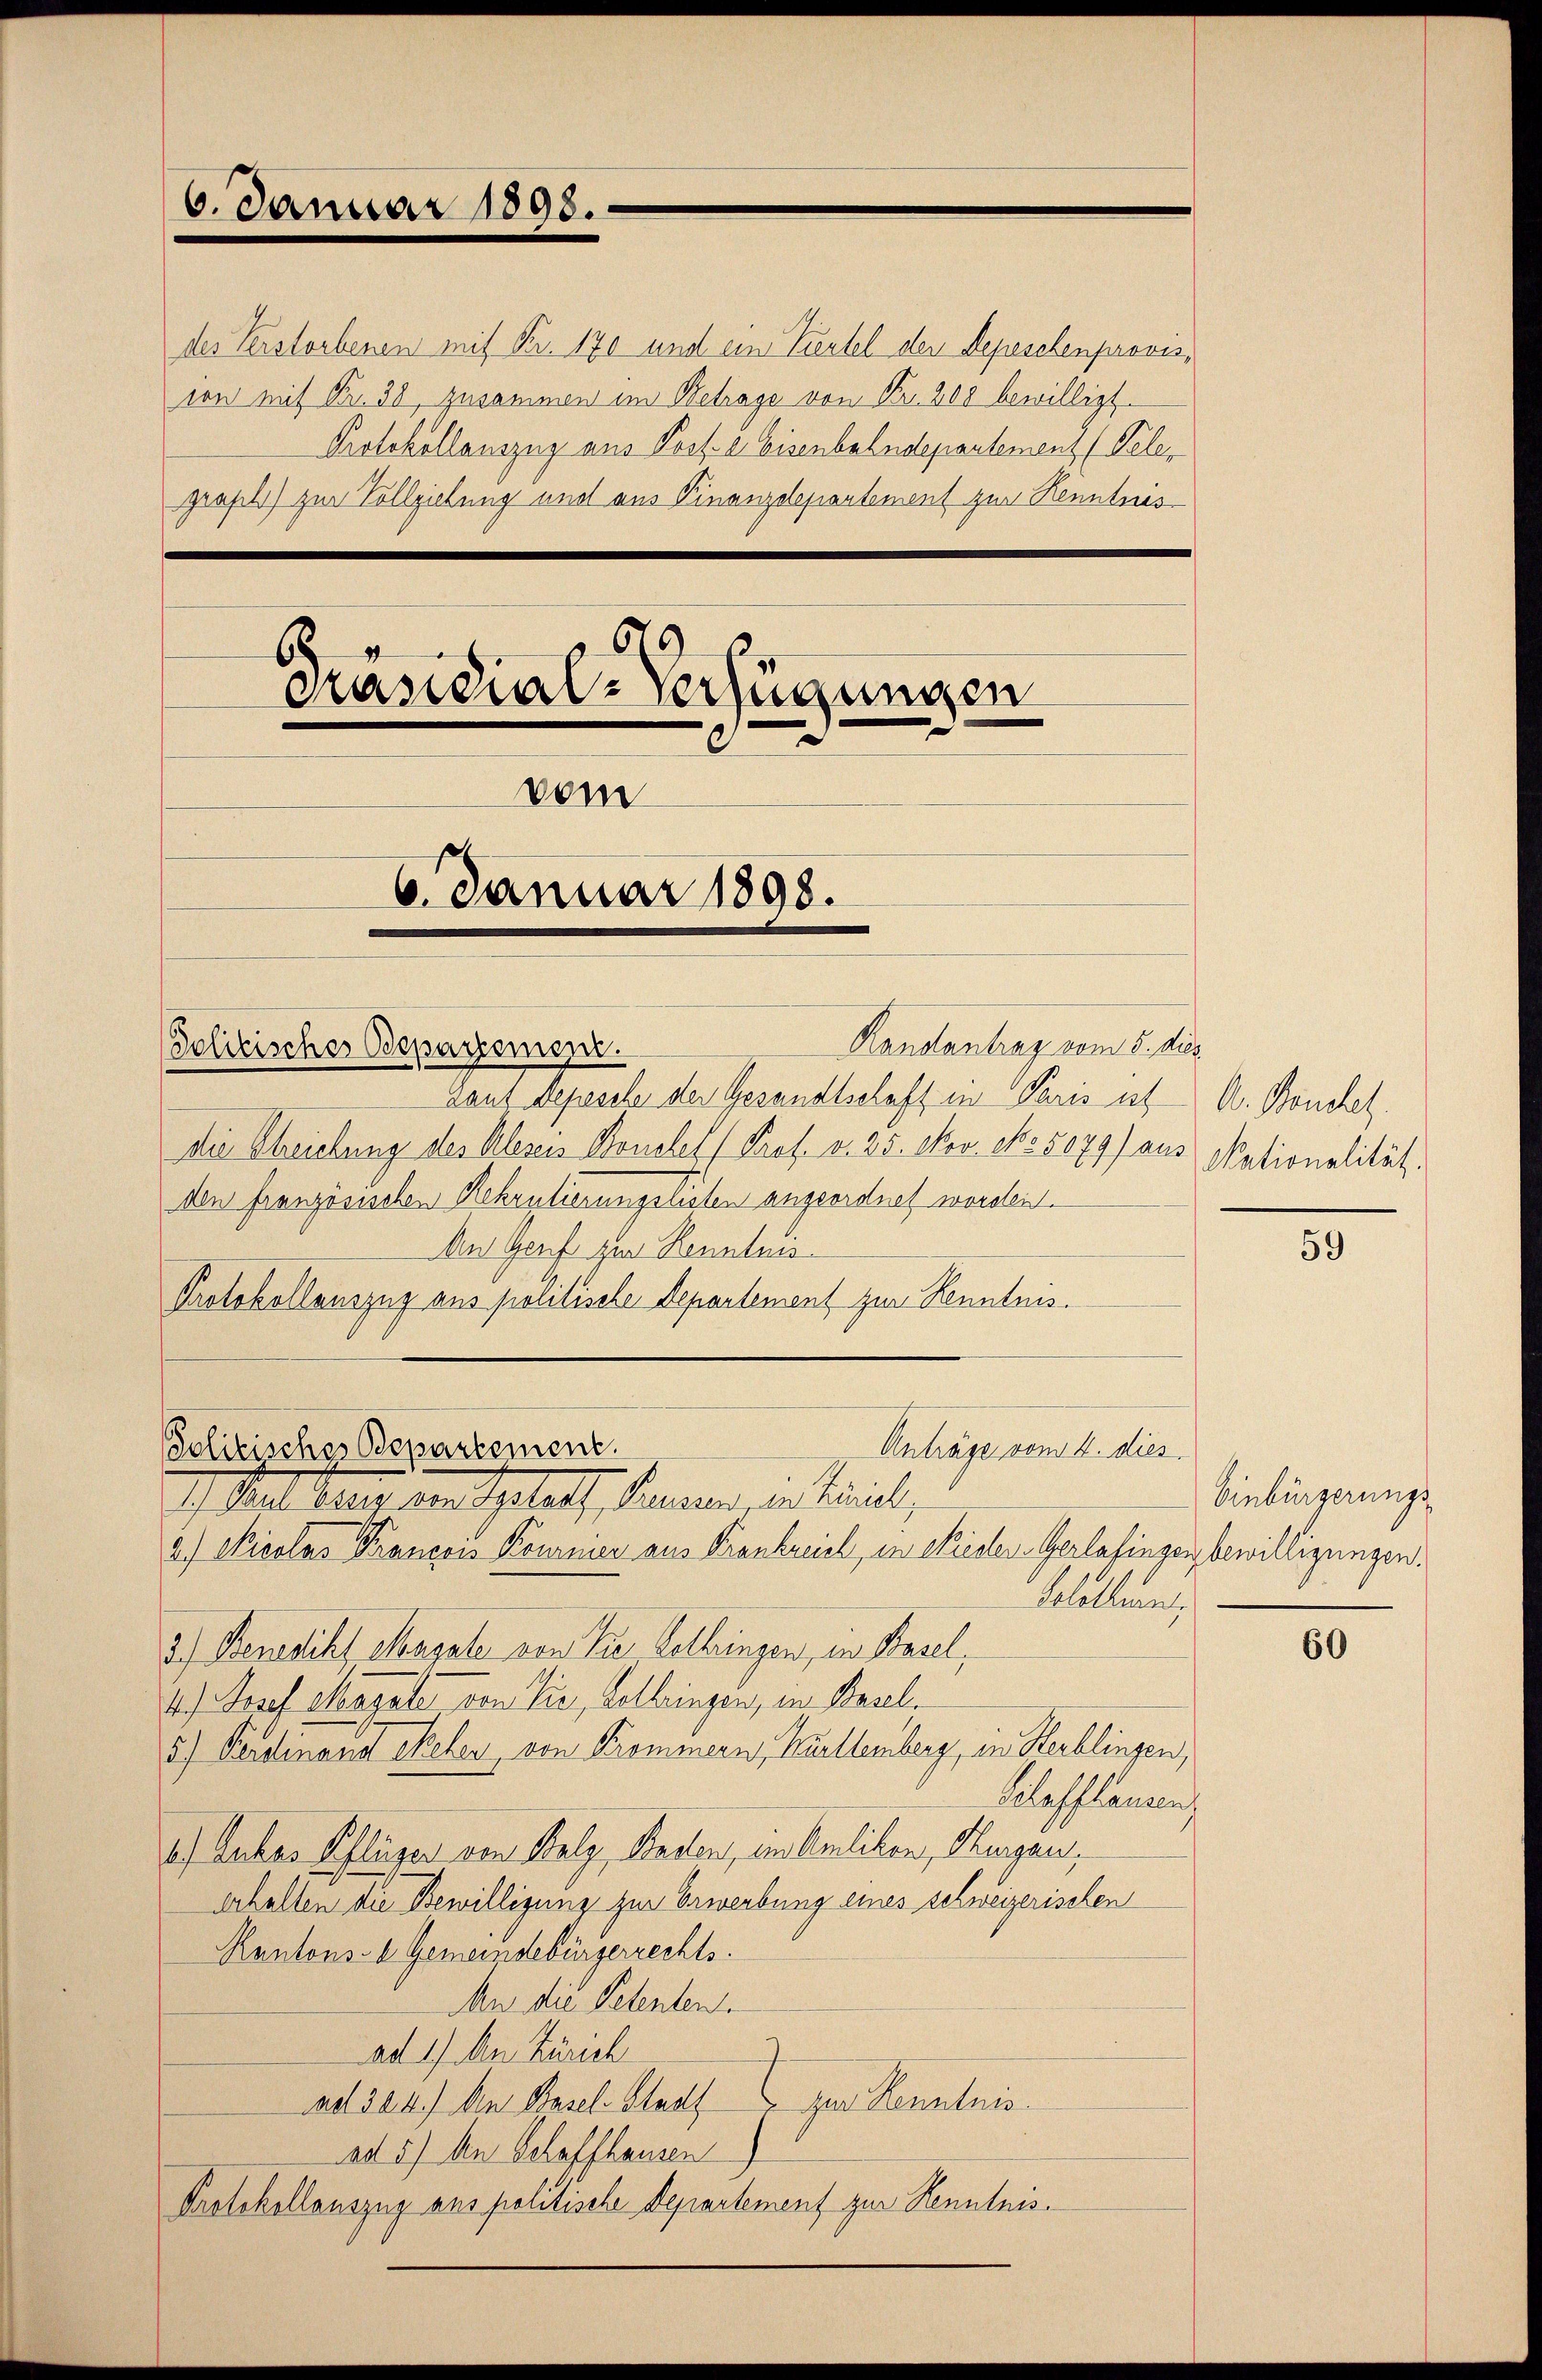
6. Januar 1898.

Politisches Departement.

Prandial-Verfügungen

des Verstorbenen mit Fr. 170 und ein Viertel der Depeschenprovis,
ion mit Fr. 38, zusammen im Betrage von Fr. 200 bewilligt.
Protokollauszug aus Post. a. Eisenbahndepartement (Peler
grapt) zur Vollziehung und aus Finanzdepartement zur Kenntnis
89

vom

6. Januar 1898.

Kandantrag vom 5. dies

Laut Depesche der Gesandtschaft in Paris ist A. Bonchel.
Die Streichung des Alereis Bonetet (Prof. v. 25. Nov. No 5079) aus
den französischen Rekrutierungslisten angeordnet worden.
An Genf zur Kenntnis
Protokollauszug aus politische Departement zur Kenntnis.
Anträge vom 4. dies
a.) Nicolas Francon Kourner aus Frankreich, in Nieder Gerlafingen bewilligungen.
Solothurn,
2.) Benedikt Magate von der Gethringen, in Basel,
4.) Josef Magale von Pir, Lothringen, in Basel¬
5) Ferdinand sehen, von Kommern, Württemberg, in Herblingen,
elafflanzen
2.) Dukas Pflüger von Salz, Staden, im Amlikon, Thurgau,
erhalten die Bewilligung zur Erwerbung eines schweizerischen
Rantons- & Gemeindebürgerrechts.
An die Petenten.
ad 1. An Zürich
ad 324.) An Basel-Stadt zur Kenntnis
ad 5) An Schaffhausen
Protokollauszug aus politische Departement zur Kenntnis.

Solitisches Departement.
1.) Mit Bey den Gestatt, Rennen, in Linie,

Nationalität.

59

Einbürgerungs¬

60